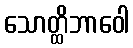
သောတ္ထိဘာဝေါ